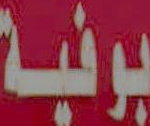
بوفية